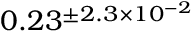
0 . 2 3 ^ { \pm 2 . 3 \times 1 0 ^ { - 2 } }